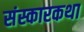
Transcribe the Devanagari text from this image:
संस्कारकथा